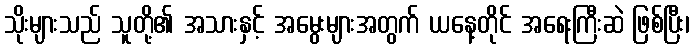
သိုးများသည် သူတို့၏ အသားနှင့် အမွေးများအတွက် ယနေ့တိုင် အရေးကြီးဆဲ ဖြစ်ပြီး၊